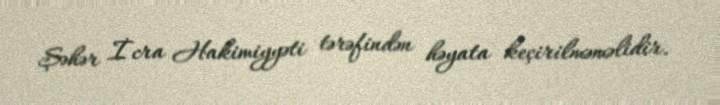
Şəhər İcra Hakimiyyəti tərəfindən həyata keçirilməməlidir.